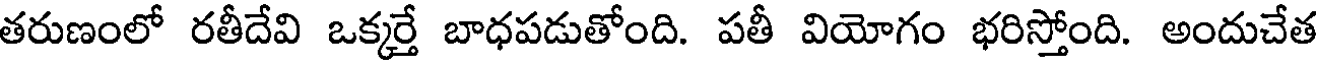
తరుణంలో రతీదేవి ఒక్కర్తే బాధపడుతోంది. పతీ వియోగం భరిస్తోంది. అందుచేత